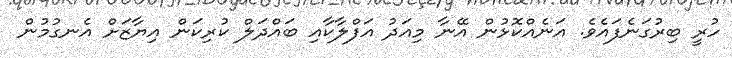
ހުރީ ބިރުގަނެފައެވެ. އަނެއްކޮޅުން އޭނާ މިއަދު އަފްލާކާއި ބައްދަލް ކުރިކަން އިޔާޒަށް އެނގުމުން